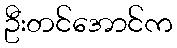
ဦးတင်အောင်က